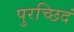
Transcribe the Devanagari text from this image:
पुरच्छिदं